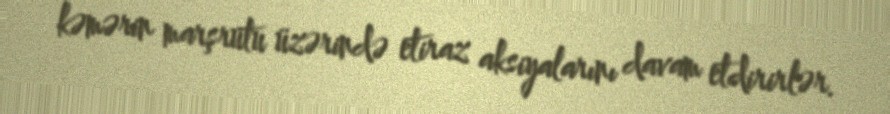
kəmərin marşrutu üzərində etiraz aksiyalarını davam etdirirlər.